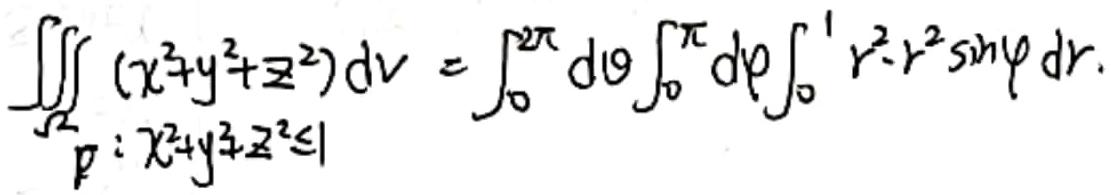
\[
\underset{\varOmega}{\iiint} (x^{2}+y^{2}+z^{2}) \mathrm{d}v = \int_{0}^{2\pi} \mathrm{d}\theta \int_{0}^{\pi} \mathrm{d}\varphi \int_{0}^{1} r^{2} \cdot r^{2} \sin\varphi \mathrm{d}r, \quad \varOmega: x^{2}+y^{2}+z^{2} \leq 1
\]